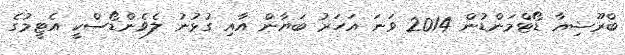
ބްރޫޝިއާ ޑޯޓްމަންޑުން 2014 ވަނަ އަހަރު ބަޔާން އާއި ގުޅުނު ލެވެންޑޯސްކީ އެޓީމުގެ